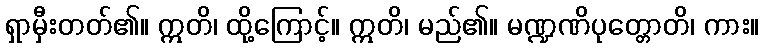
ရှာမှီးတတ်၏။ ဣတိ၊ ထို့ကြောင့်။ ဣတိ၊ မည်၏။ မဏ္ဍဏိပုတ္တောတိ၊ ကား။